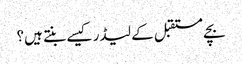
بچے مستقبل کے لیڈر کیسے بنتے ہیں؟